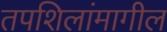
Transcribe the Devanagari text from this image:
तपशिलांमागील